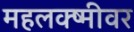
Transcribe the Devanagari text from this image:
महलक्ष्मीवर